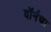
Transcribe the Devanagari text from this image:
वॉर्नचा